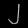
Digit: ၂